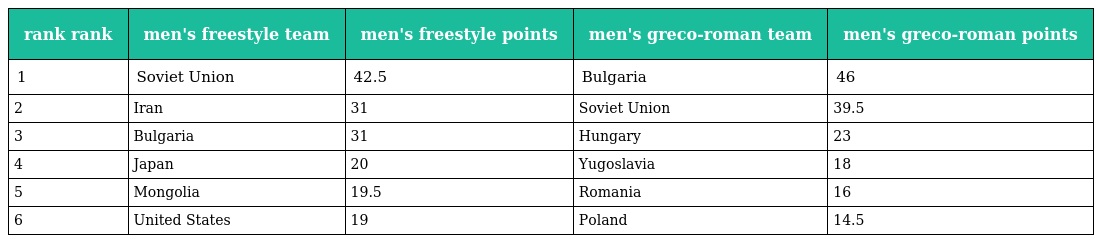
| rank rank | men's freestyle team | men's freestyle points | men's greco-roman team | men's greco-roman points |
 | --- | --- | --- | --- | --- |
 | 1 | Soviet Union | 42.5 | Bulgaria | 46 |
 | 2 | Iran | 31 | Soviet Union | 39.5 |
 | 3 | Bulgaria | 31 | Hungary | 23 |
 | 4 | Japan | 20 | Yugoslavia | 18 |
 | 5 | Mongolia | 19.5 | Romania | 16 |
 | 6 | United States | 19 | Poland | 14.5 |